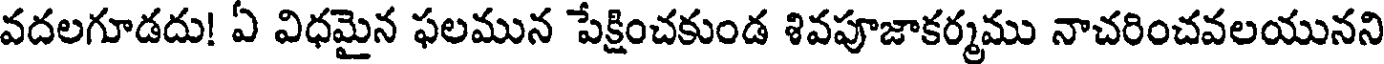
వదలగూడదు! ఏ విధమైన ఫలమున పేక్షించకుండ శివపూజాకర్మము నాచరించవలయునని